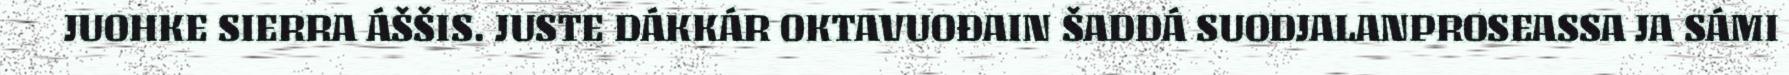
JUOHKE SIERRA ÁŠŠIS. JUSTE DÁKKÁR OKTAVUOĐAIN ŠADDÁ SUODJALANPROSEASSA JA SÁMI